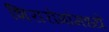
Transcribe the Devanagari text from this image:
शिरारोगांमध्ये